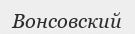
Вонсовский